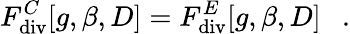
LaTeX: F_{\mathrm{div}}^{C}[g,\beta,D]=F_{\mathrm{div}}^{E}[g,\beta,D]~~~.